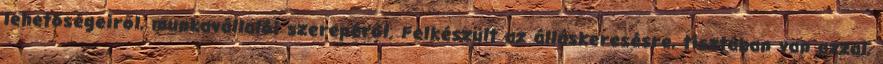
lehetőségeiről, munkavállalói szerepéről. Felkészült az álláskeresésre, tisztában van azzal,